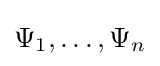
\Psi _{1},\dots ,\Psi _{n}